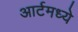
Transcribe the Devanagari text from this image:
आर्टमध्‍ये